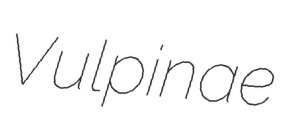
Vulpinae